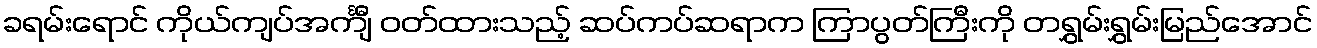
ခရမ်းရောင် ကိုယ်ကျပ်အင်္ကျီ ဝတ်ထားသည့် ဆပ်ကပ်ဆရာက ကြာပွတ်ကြီးကို တရွှမ်းရွှမ်းမြည်အောင်